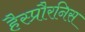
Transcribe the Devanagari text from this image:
हैस्प्रौरनिस